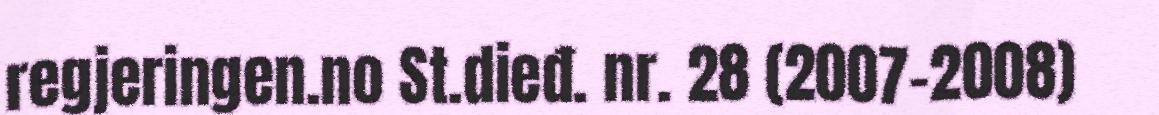
regjeringen.no St.dieđ. nr. 28 (2007-2008)